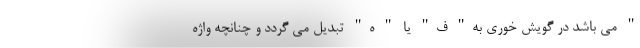
" می باشد در گویش خوری به" ف" یا " ه" تبدیل می گردد و چنانچه واژه